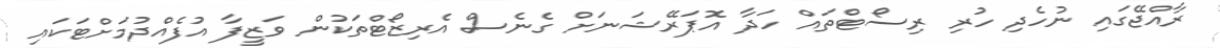
ރާއްޖޭގައި ނުހެދި ހުރި ރިސޯޓްތައް ހަދާ އޮޕަރޭޝަނަށް ގެނެސް އެރިޒޯޓްތަކުން ވަޒީފާ އުފެއްދުމަށްޓަކައި